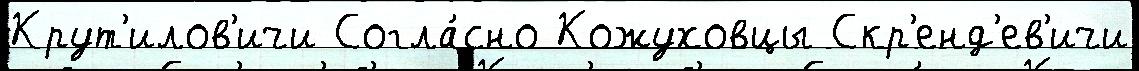
Крут'илов'ичи Согла́сно Кожуховцы Скр'енд'ев'ичи